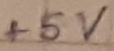
Text: +5V